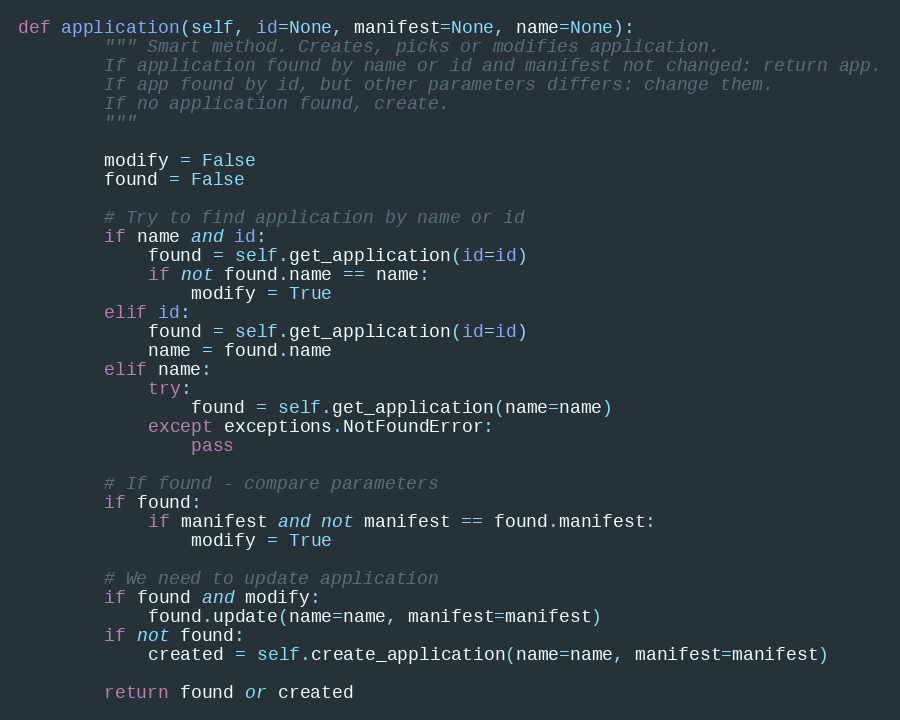
Language: Python
def application(self, id=None, manifest=None, name=None):
        """ Smart method. Creates, picks or modifies application.
        If application found by name or id and manifest not changed: return app.
        If app found by id, but other parameters differs: change them.
        If no application found, create.
        """

        modify = False
        found = False

        # Try to find application by name or id
        if name and id:
            found = self.get_application(id=id)
            if not found.name == name:
                modify = True
        elif id:
            found = self.get_application(id=id)
            name = found.name
        elif name:
            try:
                found = self.get_application(name=name)
            except exceptions.NotFoundError:
                pass

        # If found - compare parameters
        if found:
            if manifest and not manifest == found.manifest:
                modify = True

        # We need to update application
        if found and modify:
            found.update(name=name, manifest=manifest)
        if not found:
            created = self.create_application(name=name, manifest=manifest)

        return found or created